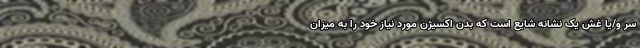
سر و/یا غش یک نشانه شایع است که بدن اکسیژن مورد نیاز خود را به میزان